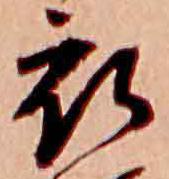
衣